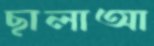
ছালাআ